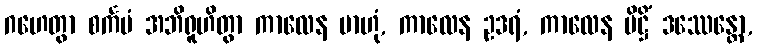
ဂဟေတွာ စင်္ကမံ အဘိရူဟိတွာ ကာလေန ဗာဟုံ, ကာလေန ဥဒရံ, ကာလေန ပိဋ္ဌိံ ဒဿေန္တော,